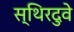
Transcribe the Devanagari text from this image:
स्थिरदुवे